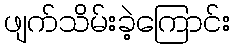
ဖျက်သိမ်းခဲ့ကြောင်း